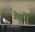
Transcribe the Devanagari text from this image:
गेतों